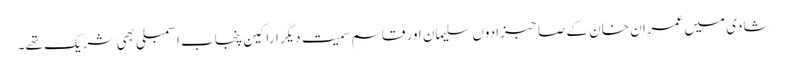
شادی میں عمران خان کے صاحبزادوں سلیمان اور قاسم سمیت دیگر اراکین پنجاب اسمبلی بھی شریک تھے۔